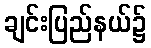
ချင်းပြည်နယ်၌